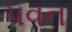
પવન